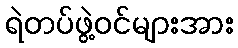
ရဲတပ်ဖွဲ့ဝင်များအား